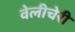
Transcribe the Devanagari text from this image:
वेलीचेरी